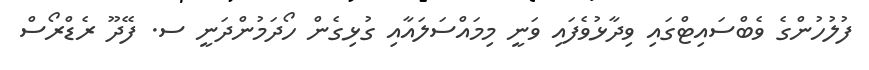
ފުލުހުންގެ ވެބްސައިޓްގައި ވިދާޅުވެފައި ވަނީ މިމައްސަލައާއި ގުޅިގެން ހޯދަމުންދަނީ ސ. ފޭދޫ ރެޑްރޯސް